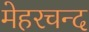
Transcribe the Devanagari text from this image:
मेहरचन्द